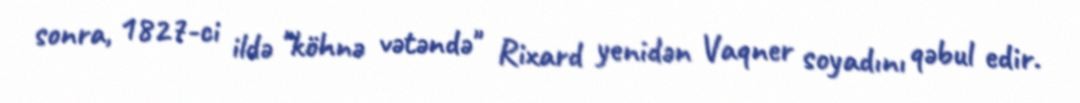
sonra, 1827-ci ildə "köhnə vətəndə" Rixard yenidən Vaqner soyadını qəbul edir.